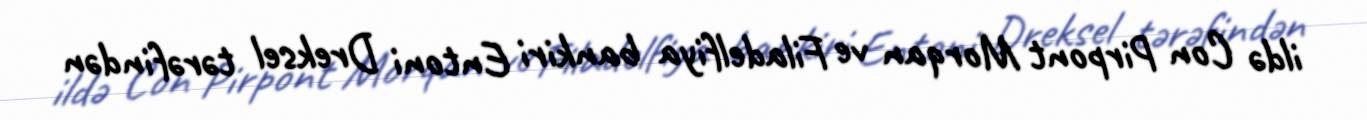
ildə Con Pirpont Morqan ve Filadelfiya bankiri Entoni Dreksel tərəfindən